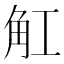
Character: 𧢸